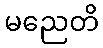
မညေတိ